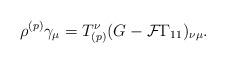
LaTeX: \begin{align*}\rho^{(p)} \gamma_\mu = T^{\nu}_{(p)} ( G - {\cal F} \Gamma_{11} )_{\nu \mu}.\end{align*}